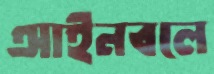
আইনবলে